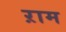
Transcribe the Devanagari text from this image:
ऱाम